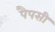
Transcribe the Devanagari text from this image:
पैपसी